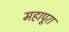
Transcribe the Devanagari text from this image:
महापूरा